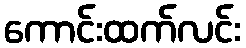
ကောင်းထက်လင်း